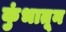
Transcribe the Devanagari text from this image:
कुंभातून